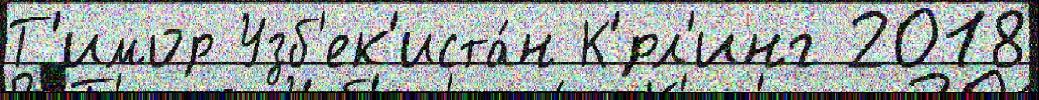
Т'имор Узб'ек'иста́н К'́рл'инг 2018